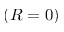
( R = 0 )